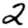
Digit: 2